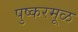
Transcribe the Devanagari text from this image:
पुष्करमूळ